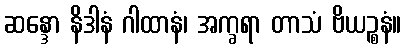
ဆန္ဒော နိဒါနံ ဂါထာနံ၊ အက္ခရာ တာသံ ဗိယဉ္စနံ။